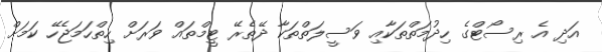
އަދި އެ ރިސޯޓްގެ ހިދުމަތްތަކާއި ވަސީލަތްތަކާ ދޭތެރޭ ޓީމްތައް ވަރަށް ހިތްހަމަޖެހޭ ކަމަށް